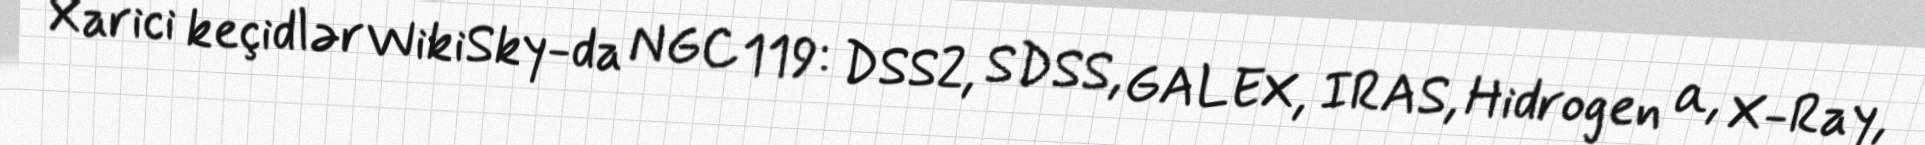
Xarici keçidlər WikiSky-da NGC 119: DSS2, SDSS, GALEX, IRAS, Hidrogen α, X-Ray,